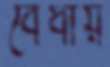
বেঁধায়